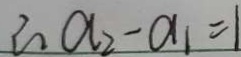
\therefore a _ { 2 } - a _ { 1 } = 1